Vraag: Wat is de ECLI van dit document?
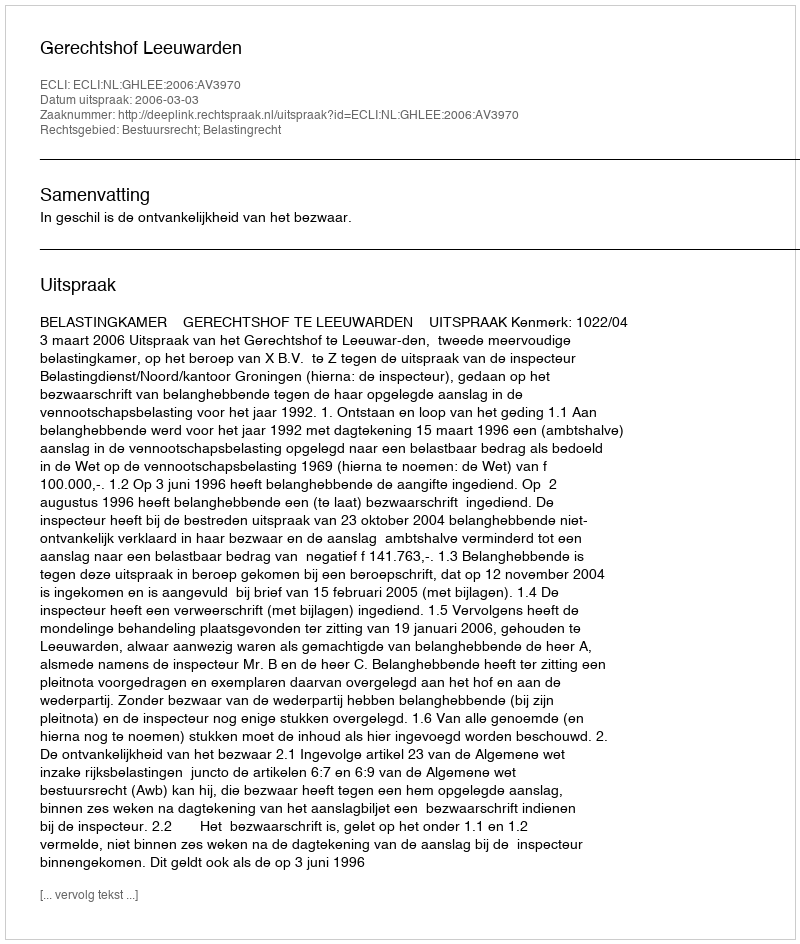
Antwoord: ECLI:NL:GHLEE:2006:AV3970